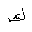
Letter: _kaf